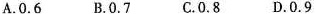
A.0.6B.0.7C.0.8D.0.9